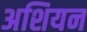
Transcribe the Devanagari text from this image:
अशियन